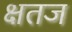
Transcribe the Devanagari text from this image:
क्षतज